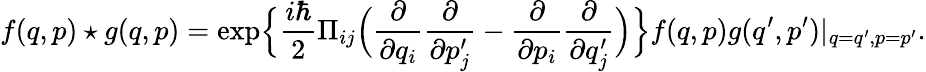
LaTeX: f(q,p)\star g(q,p)=\mathrm{exp}\Big\{ \frac{i\hbar}{2}\Pi_{ij}\Big(\frac{\partial}{\partial q_{i}}\frac{\partial}{\partial p_{j}^{\prime}}-\frac{\partial}{\partial p_{i}}\frac{\partial}{\partial q_{j}^{\prime}}\Big)\Big\} f(q,p)g(q^{\prime},p^{\prime})|_{q=q^{\prime},p=p^{\prime}}.